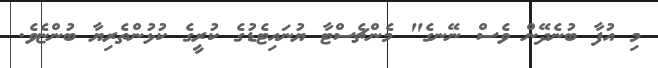
މި އުފާ ބުނެދޭން ވެސް ނޭނގެ" މެންޗެސްޓާ ޔުނައިޓެޑުގެ ކުރީގެ ކުޅުންތެރިޔާ ބުންޏެވެ.